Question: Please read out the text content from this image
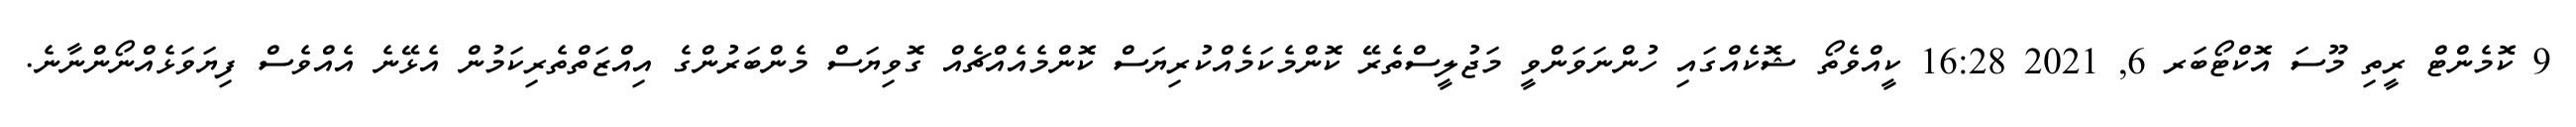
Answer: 9 ކޮމެންޓް ރީތި މޫސަ އޮކްޓޯބަރ 6, 2021 16:28 ކީއްވެތޯ ޝޮކެއްގައި ހުންނަވަންވީ މަޖުލީސްތެރޭ ކޮންމެކަމެއްކުރިޔަސް ކޮންމެއެއްޗެއް ގޮވިޔަސް މެންބަރުންގެ އިއްޒަތްތެރިކަމުން އެޅޭނެ އެއްވެސް ފިޔަވަޅެއްނޯންނާނެ.